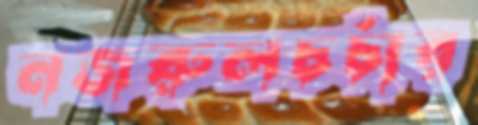
নজরুলচর্চার